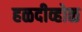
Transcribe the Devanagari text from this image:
हळदीव्होळ